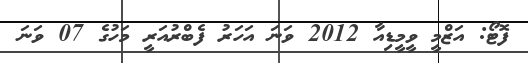
ފޮޓޯ: އަޒްމީ ވީމީޑިއާ 2012 ވަނަ އަހަރު ފެބްރުއަރީ މަހުގެ 07 ވަނަ